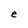
Character: e